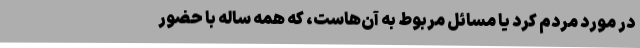
در مورد مردم کُرد يا مسائل مربوط به آن‌هاست، که همه ساله با حضور